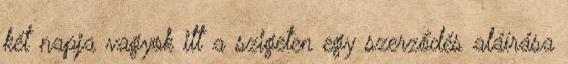
két napja vagyok itt a szigeten egy szerződés aláírása